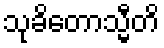
သုခိတောသ္မီတိ